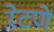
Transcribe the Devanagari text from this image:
रेटणे